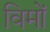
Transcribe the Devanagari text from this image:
विमों